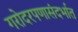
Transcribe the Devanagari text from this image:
गरोदरपणासंदर्भात